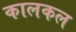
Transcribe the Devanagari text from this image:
कालकल